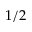
1 / 2